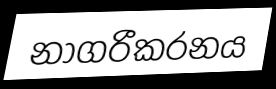
නාගරීකරනය